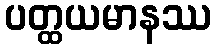
ပတ္ထယမာနဿ